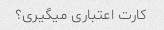
کارت اعتباری میگیری؟